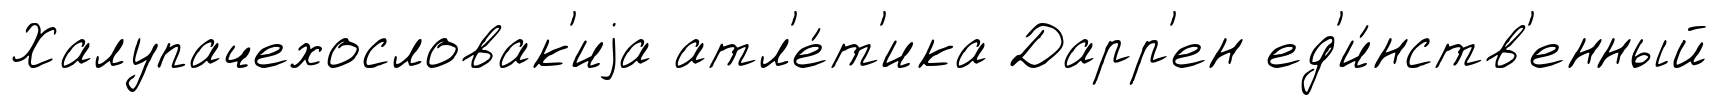
Халупачехословак'иjа атл'е́т'ика Дарр'ен ед'и́нств'енный